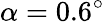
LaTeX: \alpha=0.6^{\circ}